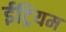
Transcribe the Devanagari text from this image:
ईट्रियम